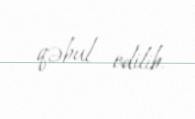
qəbul edilib.